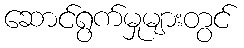
ဆောင်ရွက်မှုများတွင်